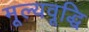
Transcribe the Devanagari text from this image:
मूल्यवूद्धि